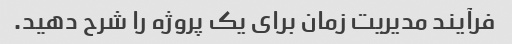
فرآیند مدیریت زمان برای یک پروژه را شرح دهید.